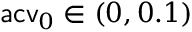
\mathsf { a c v } _ { 0 } \in ( 0 , 0 . 1 )